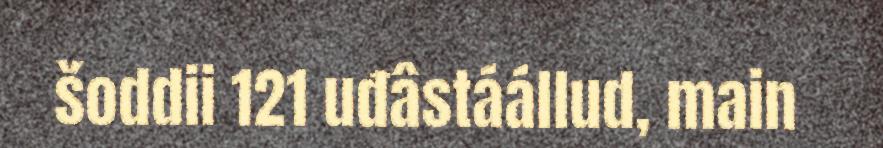
šoddii 121 uđâstáállud, main